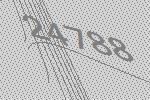
24788